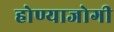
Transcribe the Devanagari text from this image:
होण्याजोगी